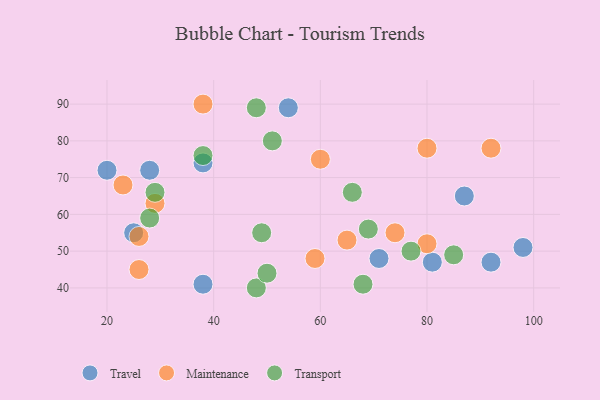
{"axis": {"x": "GDP", "y": "Life Expectancy"}, "legend": ["Maintenance", "Transport", "Travel"], "data": [{"x": "87", "y": 65, "type": "Travel"}, {"x": "54", "y": 89, "type": "Travel"}, {"x": "38", "y": 74, "type": "Travel"}, {"x": "20", "y": 72, "type": "Travel"}, {"x": "28", "y": 72, "type": "Travel"}, {"x": "92", "y": 47, "type": "Travel"}, {"x": "81", "y": 47, "type": "Travel"}, {"x": "98", "y": 51, "type": "Travel"}, {"x": "71", "y": 48, "type": "Travel"}, {"x": "38", "y": 41, "type": "Travel"}, {"x": "25", "y": 55, "type": "Travel"}, {"x": "92", "y": 78, "type": "Maintenance"}, {"x": "80", "y": 52, "type": "Maintenance"}, {"x": "26", "y": 45, "type": "Maintenance"}, {"x": "23", "y": 68, "type": "Maintenance"}, {"x": "80", "y": 78, "type": "Maintenance"}, {"x": "65", "y": 53, "type": "Maintenance"}, {"x": "26", "y": 54, "type": "Maintenance"}, {"x": "38", "y": 90, "type": "Maintenance"}, {"x": "59", "y": 48, "type": "Maintenance"}, {"x": "29", "y": 63, "type": "Maintenance"}, {"x": "74", "y": 55, "type": "Maintenance"}, {"x": "60", "y": 75, "type": "Maintenance"}, {"x": "29", "y": 66, "type": "Transport"}, {"x": "68", "y": 41, "type": "Transport"}, {"x": "28", "y": 59, "type": "Transport"}, {"x": "48", "y": 40, "type": "Transport"}, {"x": "69", "y": 56, "type": "Transport"}, {"x": "66", "y": 66, "type": "Transport"}, {"x": "85", "y": 49, "type": "Transport"}, {"x": "50", "y": 44, "type": "Transport"}, {"x": "38", "y": 76, "type": "Transport"}, {"x": "48", "y": 89, "type": "Transport"}, {"x": "77", "y": 50, "type": "Transport"}, {"x": "49", "y": 55, "type": "Transport"}, {"x": "51", "y": 80, "type": "Transport"}]}